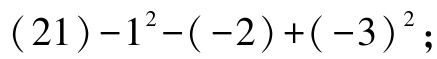
\((21)-1^{2}-(-2)+(-3)^{2}\)